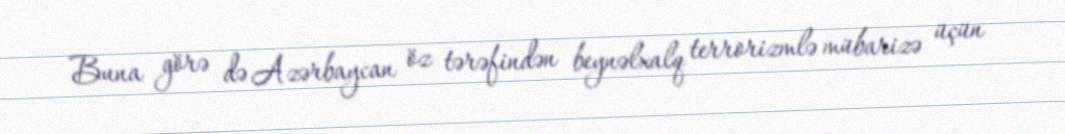
Buna görə də Azərbaycan öz tərəfindən beynəlxalq terrorizmlə mübarizə üçün